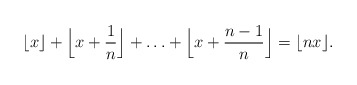
\begin{align*} \lfloor x \rfloor + \Big\lfloor x + \frac1n \Big\rfloor + \ldots + \Big\lfloor x + \frac{n-1}n \Big\rfloor = \lfloor nx \rfloor. \end{align*}